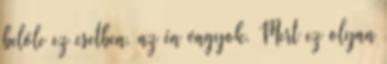
belőle ez esetben, az én vagyok. Mert ez olyan